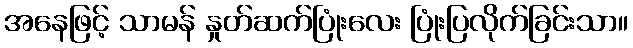
အနေဖြင့် သာမန် နှုတ်ဆက်ပြုံးလေး ပြုံးပြလိုက်ခြင်းသာ။